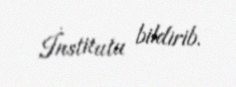
İnstitutu bildirib.